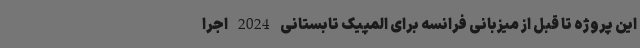
این پروژه تا قبل از میزبانی فرانسه برای المپیک تابستانی 2024 اجرا